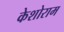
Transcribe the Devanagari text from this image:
केशोराम